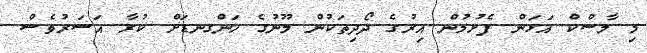
މި މާސްކް އަޅަން ފެށުމުން އިރުގެ ދޯދިތަކުން މޫނުގެ ހަންގނޑަށް ކުރާ އަސަރުވެސް